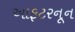
આફટરનૂન